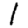
Digit: 1